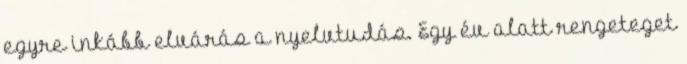
egyre inkább elvárás a nyelvtudás. Egy év alatt rengeteget